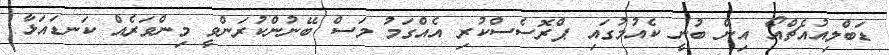
ޑަބްލިއުއެޗްއޯ އިން ބުނީ ކެއުމުގައި ޕްރޮސެސްކުރި އެއްގަމު މަސް ބޭނުންކުރަންވީ މިންވަރެެއް ކަނޑައަޅާ